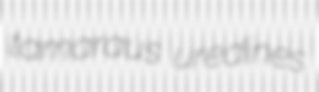
tamaraus uredines